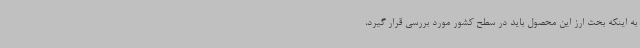
به اینکه بحث ارز این محصول باید در سطح کشور مورد بررسی قرار گیرد،